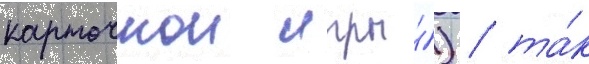
карточнои игры́) / та́к